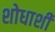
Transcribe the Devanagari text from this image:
शोधाशी